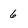
Character: 6